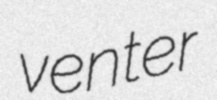
venter